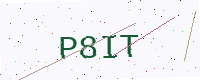
Text: P8IT